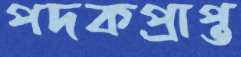
পদকপ্রাপ্ত